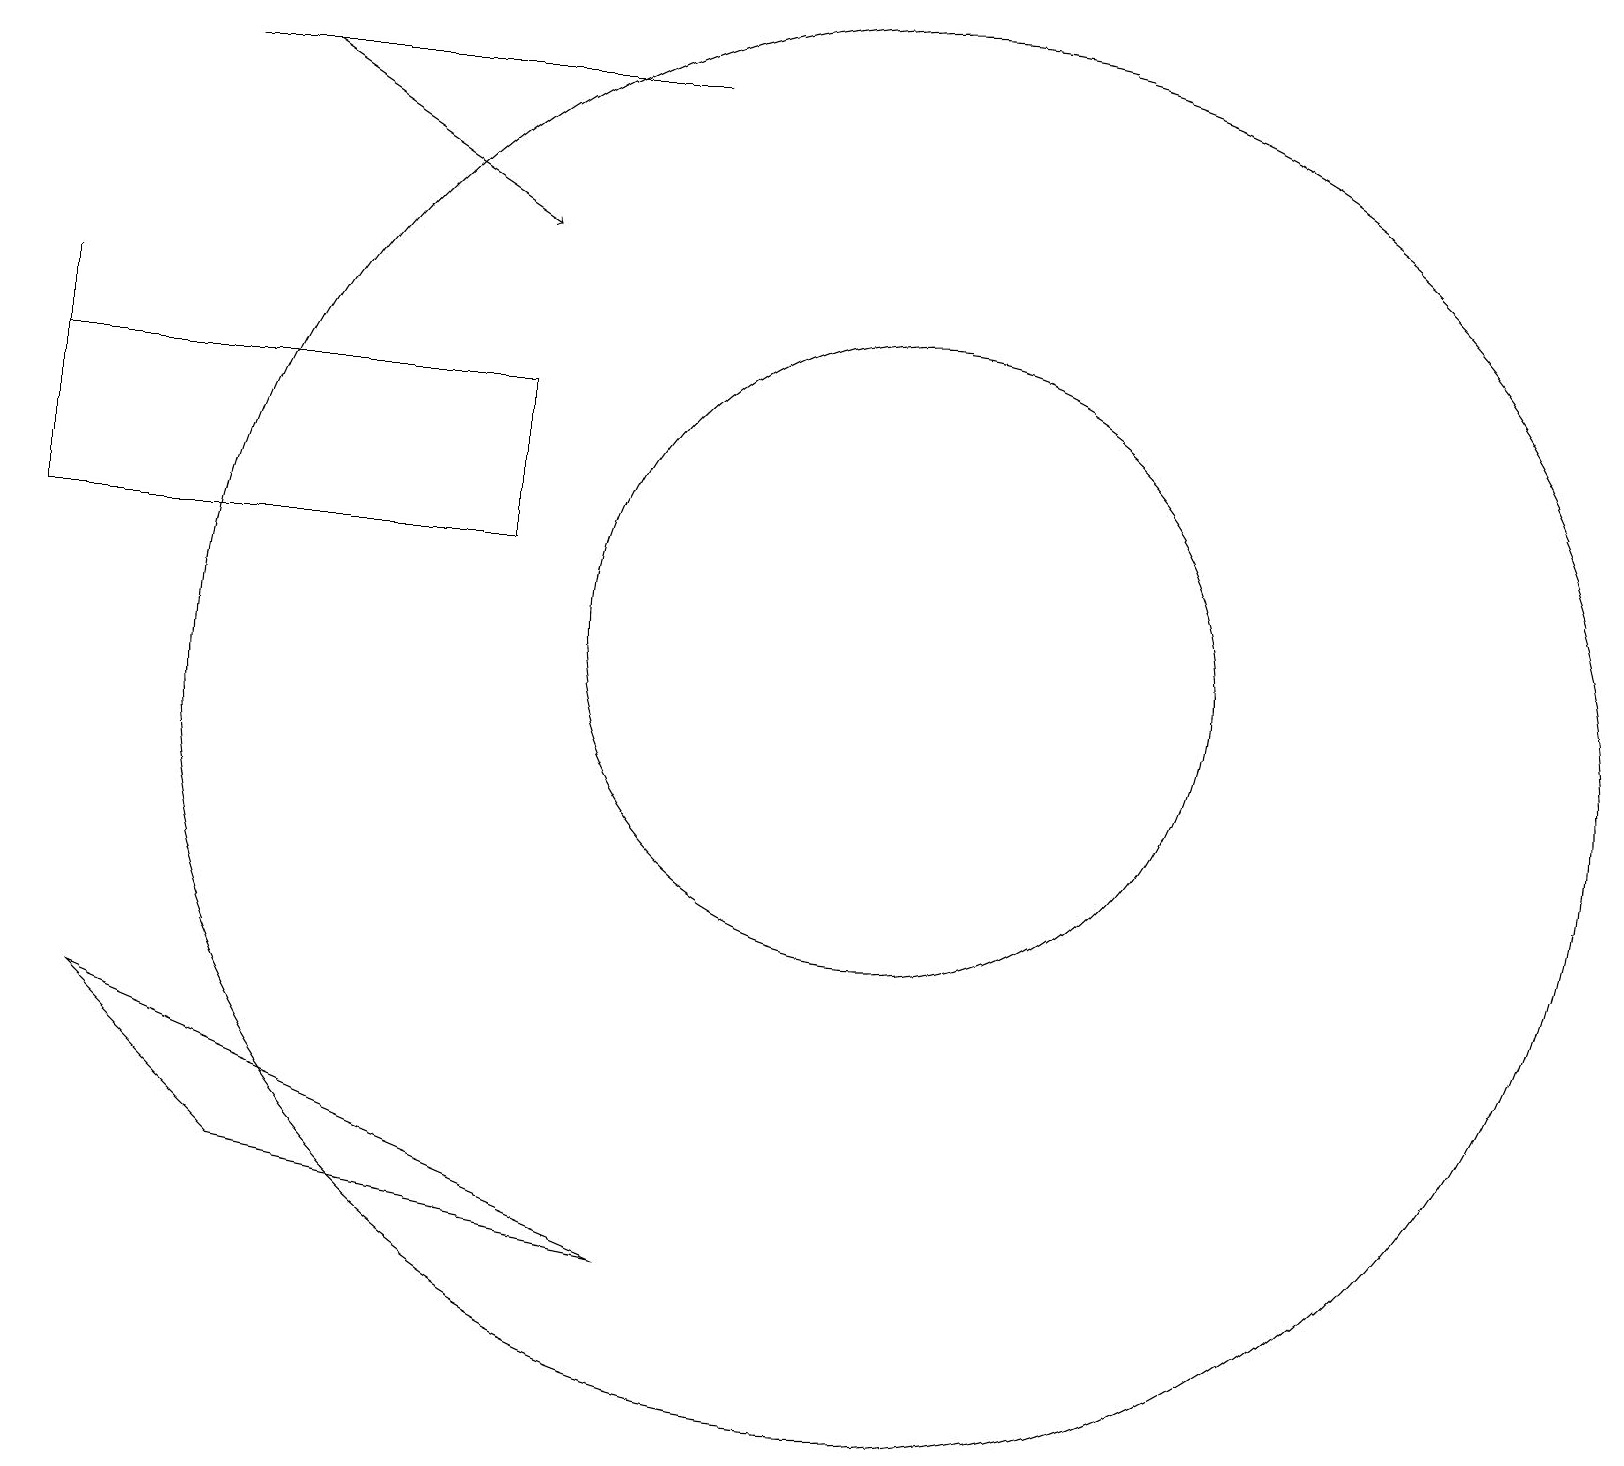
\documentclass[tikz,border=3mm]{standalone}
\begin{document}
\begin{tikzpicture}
\draw (9,19) rectangle (3,19);
\draw (1,15) rectangle (7,13);
\draw[->] (4,19) -- (7,17);
\draw (1,16) rectangle (1,13);
\draw (12,11) circle (9);
\draw (12,12) circle (4);
\draw (9,4) -- (4,5) -- (2,7) -- cycle;
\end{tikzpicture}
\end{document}